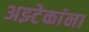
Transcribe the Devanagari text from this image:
अझ्टेकांना